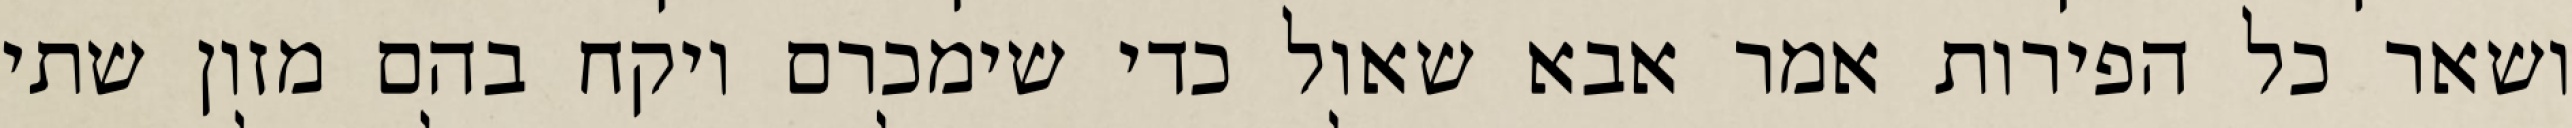
ושאר כל הפירות אמר אבא שאול כדי שימכרם ויקח בהם מזון שתי